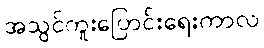
အသွင်ကူးပြောင်းရေးကာလ